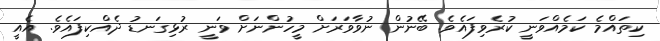
ކިތައްމެ ކަމެއްވަނީ ކުރެވިފައެވެ. ބޭނުން ނުވާވަރަށް މީހުންނަށް ވަނީ ރުޅިގަނޑު ދެއްކިފައެވެ. އެއީ